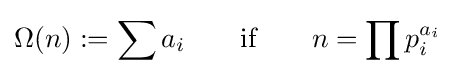
\Omega (n):=\sum a_{i}\qquad {\mbox{if}}\qquad n=\prod p_{i}^{a_{i}}